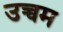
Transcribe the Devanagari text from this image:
उच्चम